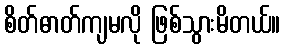
စိတ်ဓာတ်ကျမလို ဖြစ်သွားမိတယ်။